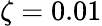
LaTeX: \zeta=0.01